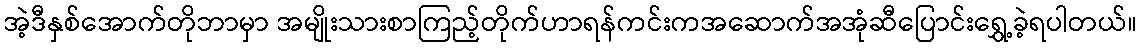
အဲ့ဒီနှစ်အောက်တိုဘာမှာ အမျိုးသားစာကြည့်တိုက်ဟာရန်ကင်းကအဆောက်အအုံဆီပြောင်းရွှေ့ခဲ့ရပါတယ်။